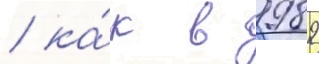
/ ка́к в 1989